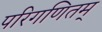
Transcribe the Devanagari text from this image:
परिगणितम्